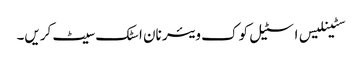
سٹینلیس اسٹیل کوک ویئر نان اسٹک سیٹ کریں۔